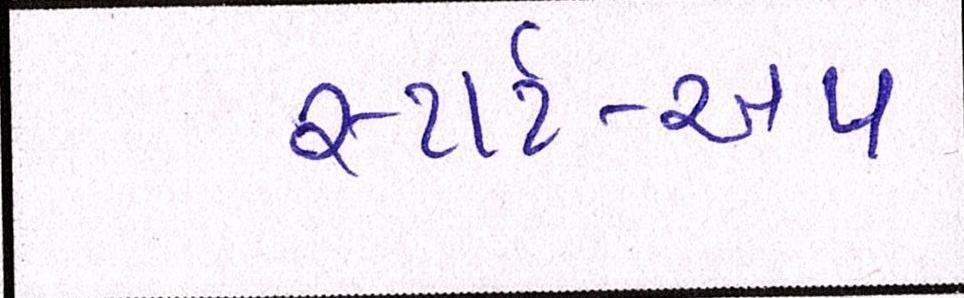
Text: સ્ટાર્ટ-અપ